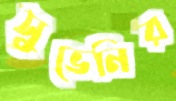
সুভেনির